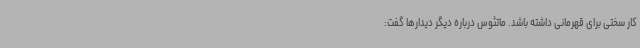
کار سختی برای قهرمانی داشته باشد. ماتئوس درباره دیگر دیدارها گفت: